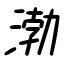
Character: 渤